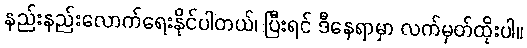
နည်းနည်းလောက်ရေးနိုင်ပါတယ်၊ ပြီးရင် ဒီနေရာမှာ လက်မှတ်ထိုးပါ။